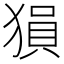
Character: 𤠔